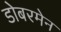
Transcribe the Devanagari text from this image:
डोबरमेन